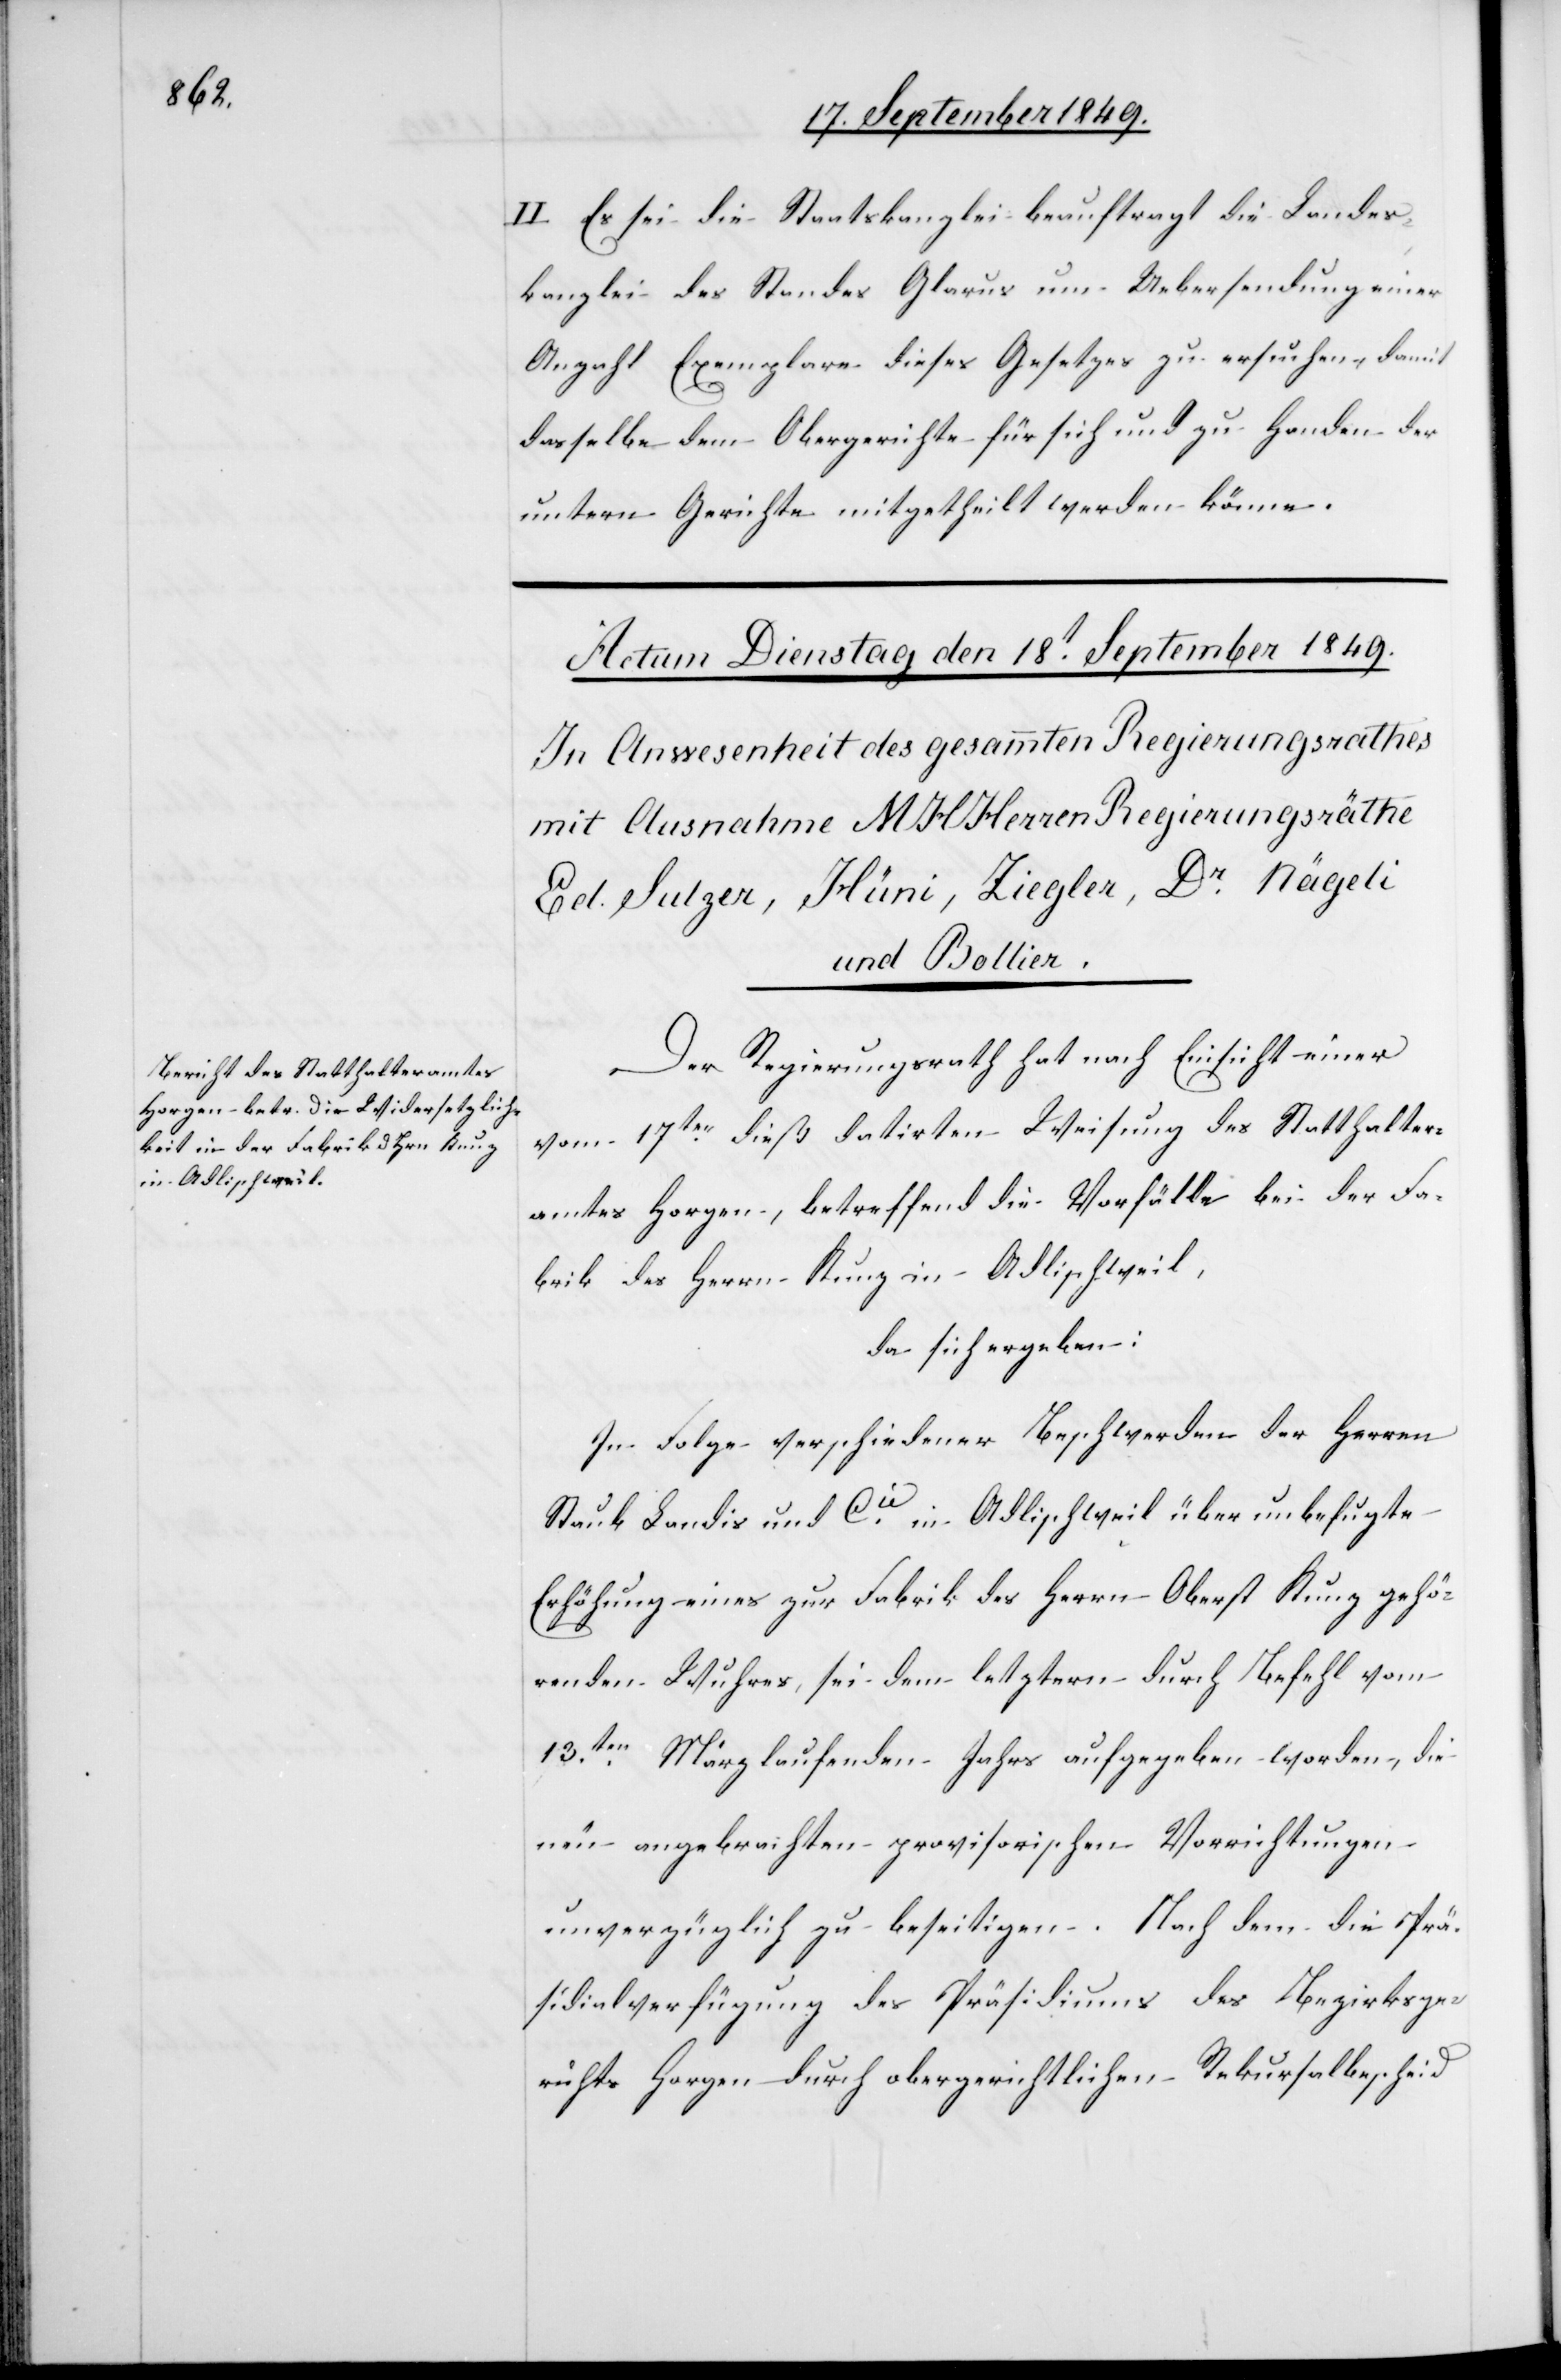
II. Es sei die Staatskanzlei beauftragt die Landes¬
kanzlei des Standes Glarus um Uebersendung einer
Anzahl Exemplare dieses Gesetzes zu ersuchen, damit
dasselbe dem Obergerichte für sich und zu Handen der
untern Gerichte mitgetheilt werden könne.
Der Regierungsrath hat nach Einsicht einer
vom 17ten dieß datirten Weisung des Statthalter¬
amtes Horgen, betreffend die Vorfälle bei der Fa¬
brik des Herrn Kunz in Adlischweil,
da sich ergeben:
In Folge verschiedener Beschwerden der Herren
Staub Landis und Cie in Adlischweil über unbefugte
Erhöhung eines zur Fabrik des Herrn Oberst Kunz gehö¬
renden Wuhres, sei dem letztern durch Befehl vom
13ten März laufenden Jahrs aufgegeben worden, die
neu angebrachten provisorischen Vorrichtungen
unverzüglich zu beseitigen. Nach dem die Prä¬
sidialverfügung des Präsidiums des Bezirksge¬
richts Horgen durch obergerichtlichen Rekursalbescheid